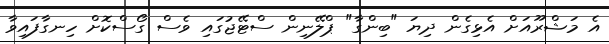
އެ މަޝްރޫއަށް އެޅިގެން ދިޔަ "ބިންގާ" ޕްލޭނިން ސްޓޭޖުގައި ވެސް ގޯސްކޮށް ހިނގާފައިވާ